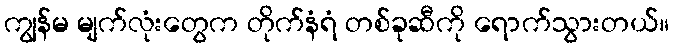
ကျွန်မ မျက်လုံးတွေက တိုက်နံရံ တစ်ခုဆီကို ရောက်သွားတယ်။